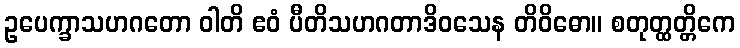
ဥပေက္ခာသဟဂတော ဝါတိ ဧဝံ ပီတိသဟဂတာဒိဝသေန တိဝိဓော။ စတုတ္ထတ္တိကေ